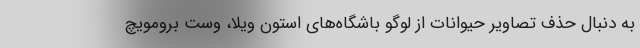
به دنبال حذف تصاویر حیوانات از لوگو باشگاه‌های استون ویلا، وست برومویچ